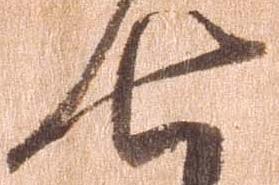
七